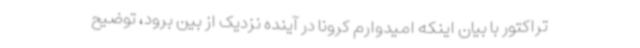
تراکتور با بیان اینکه امیدوارم کرونا در آینده نزدیک از بین برود، توضیح